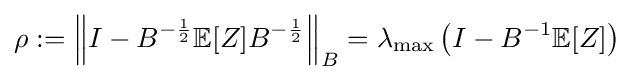
\rho :=\left\|I-B^{-{\frac {1}{2}}}\mathbb {E} [Z]B^{-{\frac {1}{2}}}\right\|_{B}=\lambda _{\max }\left(I-B^{-1}\mathbb {E} [Z]\right)